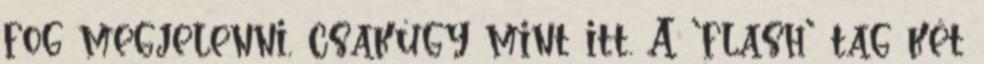
fog megjelenni, csakúgy mint itt. A 'flash' tag két